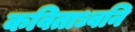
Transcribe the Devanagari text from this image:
कविताध्वनि